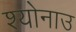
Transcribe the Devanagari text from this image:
श्योनाउ